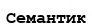
Семантик